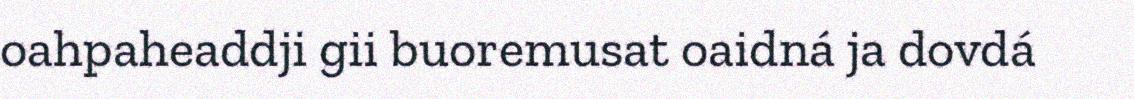
oahpaheaddji gii buoremusat oaidná ja dovdá